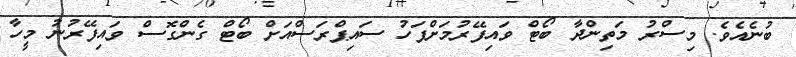
ބުނެއެވެ. މިސްރު މަތިންދާ ބޯޓް ވައިފޭރުމަށްފަހު ސައިޕްރަސްއަށް ބޯޓް ގެންގޮސް ވައިފޭރުނު މީހާ